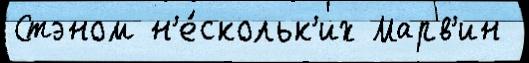
Стэном н'е́скольк'их Марв'ин